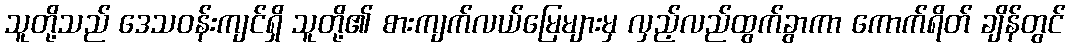
သူတို့သည် ဒေသဝန်းကျင်ရှိ သူတို့၏ စားကျက်လယ်မြေများမှ လှည့်လည်ထွက်ခွာကာ ကောက်ရိတ် ချိန်တွင်